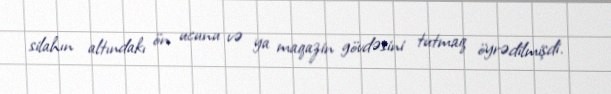
silahın altındakı ön ucunu və ya maqazin gövdəsini tutmaq öyrədilmişdi.